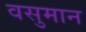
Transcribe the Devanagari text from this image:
वसुमान